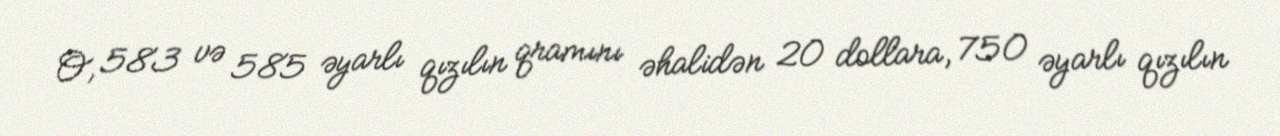
O, 583 və 585 əyarlı qızılın qramını əhalidən 20 dollara, 750 əyarlı qızılın